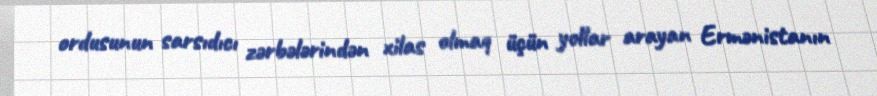
ordusunun sarsıdıcı zərbələrindən xilas olmaq üçün yollar arayan Ermənistanın